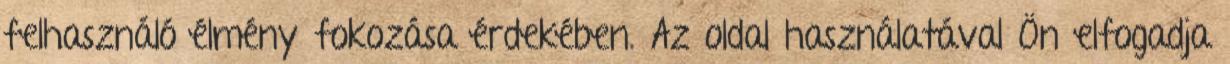
fel­hasz­ná­ló él­mény fo­ko­zá­sa ér­de­ké­ben. Az ol­dal hasz­ná­la­tá­val Ön el­fo­gad­ja